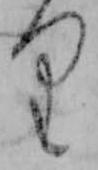
り